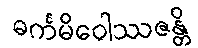
ဓင်္ကမိဝေါဿဇန္တိ